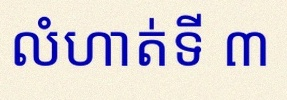
លំហាត់ទី ៣